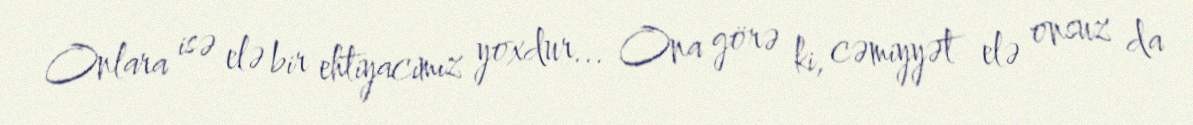
Onlara isə elə bir ehtiyacımız yoxdur... Ona görə ki, cəmiyyət elə onsuz da